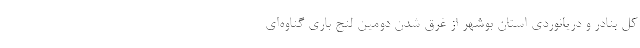
کل بنادر و دریانوردی استان بوشهر از غرق شدن دومین لنج باری گناوه‌ای